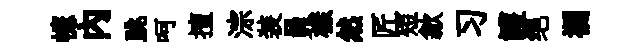
幰內跳呵擅淙装員樣然匠短歙习護绝襴